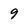
Character: 9